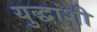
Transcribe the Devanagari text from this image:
युद्धाशी